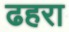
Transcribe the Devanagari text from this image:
ढहरा